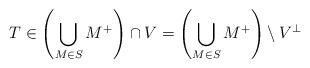
LaTeX: \begin{align*}T\in \left(\bigcup_{M\in S} M^+\right) \cap V=\left(\bigcup_{M\in S} M^+\right)\setminus V^\perp\end{align*}